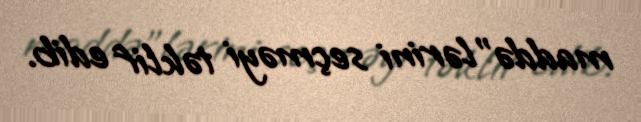
maddə”lərini seçməyi təklif edib.